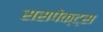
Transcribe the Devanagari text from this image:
ससपेक्ट्स